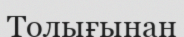
Толығынан